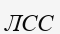
ЛСС